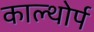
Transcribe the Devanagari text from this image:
काल्थोर्प